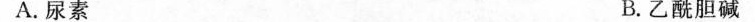
A.尿素 B.乙酰胆碱